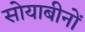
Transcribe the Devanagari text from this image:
सोयाबीनों